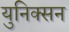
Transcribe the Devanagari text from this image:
युनिक्सन